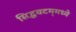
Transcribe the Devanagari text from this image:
सिद्धवटम्‌मध्ये